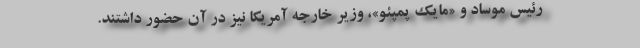
رئیس موساد و «مایک پمپئو»، وزیر خارجه آمریکا نیز در آن حضور داشتند.